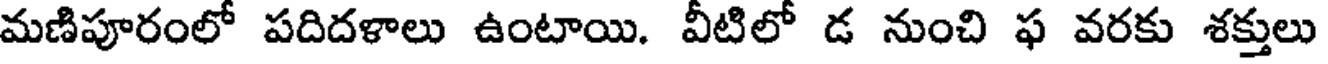
మణిపూరంలో పదిదళాలు ఉంటాయి. వీటిలో డ నుంచి ఫ వరకు శక్తులు